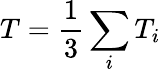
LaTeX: T=\frac{1}{3}\sum_{i}T_{i}